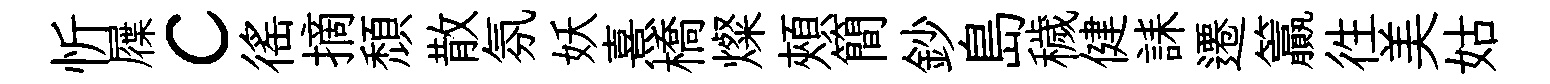
忻屧c徭摘頹散氛妖熹橋燦頰簡鈔島穢健誄遷籯徃美姑